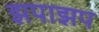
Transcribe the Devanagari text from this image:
झपाझप